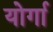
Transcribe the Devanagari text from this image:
योर्गा